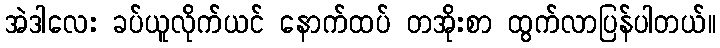
အဲဒါလေး ခပ်ယူလိုက်ယင် နောက်ထပ် တအိုးစာ ထွက်လာပြန်ပါတယ်။